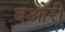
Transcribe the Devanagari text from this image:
बओरी